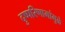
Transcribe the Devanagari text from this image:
दुष्परिणामांमुळे